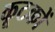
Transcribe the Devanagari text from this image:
कूटकों